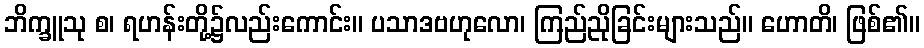
ဘိက္ခူသု စ၊ ရဟန်းတို့၌လည်းကောင်း။ ပသာဒဗဟုလော၊ ကြည်ညိုခြင်းများသည်။ ဟောတိ၊ ဖြစ်၏။